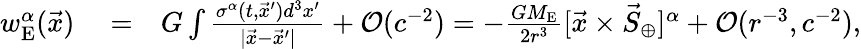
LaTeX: \begin{array}{rlr}{w_{\mathrm{E}}^{\alpha}(\vec{x})}&{{}=}&{G\int\frac{\sigma^{\alpha}(t,\vec{x}^{\prime})d^{3}x^{\prime}}{|\vec{x}-\vec{x}^{\prime}|}+{\cal O}(c^{-2})=-\frac{GM_{\mathrm{E}}}{2r^{3}}[{\vec{x}}\times{\vec{S}}_{\oplus}]^{\alpha}+{\cal O}(r^{-3},c^{-2}),}\end{array}